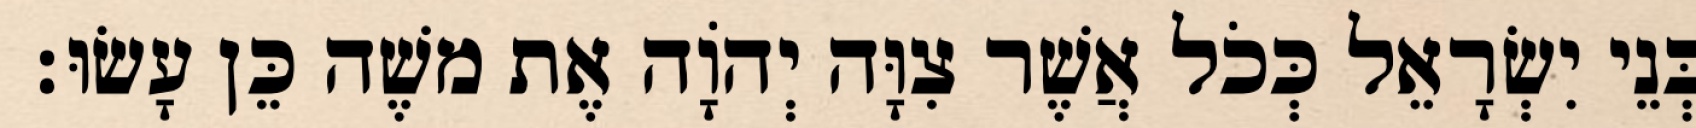
בְּנֵי יִשְׂרָאֵל כְּכֹל אֲשֶׁר צִוָּה יְהוָֹה אֶת משֶׁה כֵּן עָשׂוּ׃